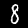
Label: 8